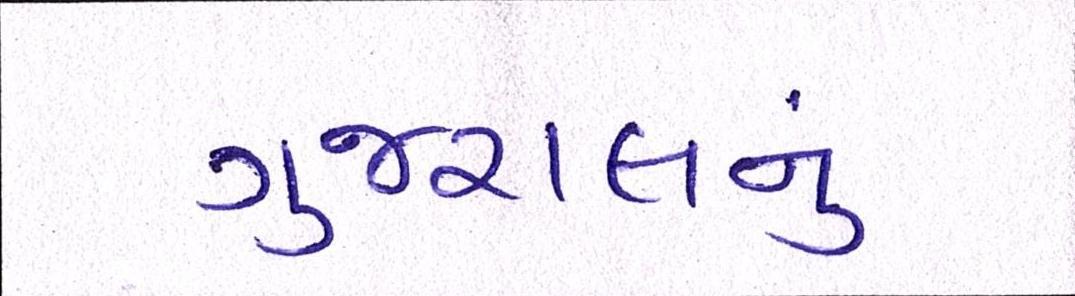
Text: ગુજરાલનું